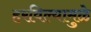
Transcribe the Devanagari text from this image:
हरविल्यामुळे